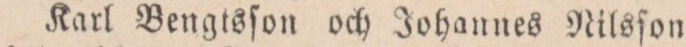
Karl Bengtsſon och Johannes Nilsſon